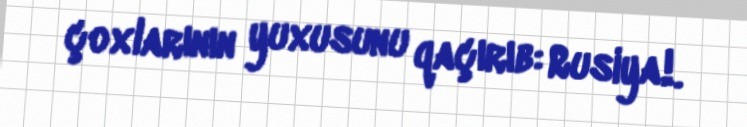
çoxlarının yuxusunu qaçırıb: Rusiya!.